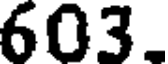
603.